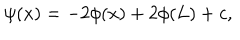
LaTeX: \psi ( x ) = - 2 \phi ( x ) + 2 \phi ( L ) + c ,